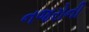
નજરોની